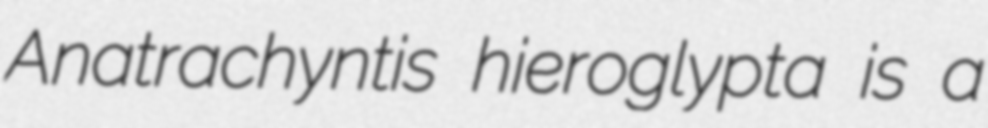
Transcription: Anatrachyntis hieroglypta is a